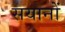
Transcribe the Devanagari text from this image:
सयानों